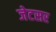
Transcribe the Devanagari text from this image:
जेटसर